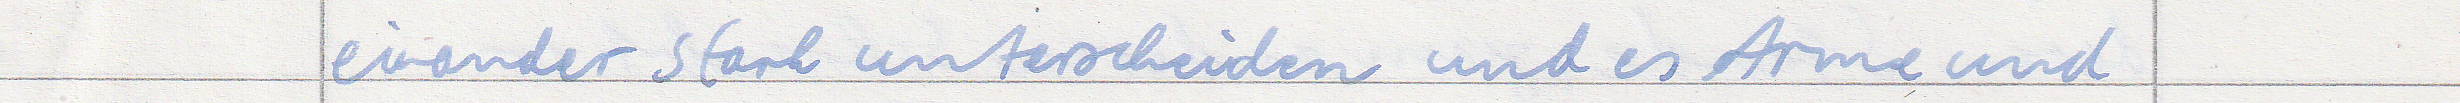
einander stark unterscheiden und es Arme und